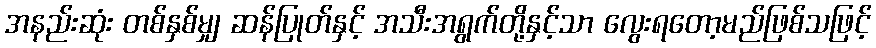
အနည်းဆုံး တစ်နှစ်မျှ ဆန်ပြုတ်နှင့် အသီးအရွက်တို့နှင့်သာ လွေးရတော့မည်ဖြစ်သဖြင့်